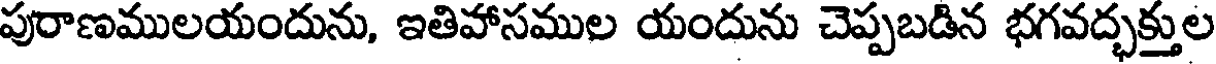
పురాణములయందును, ఇతిహాసముల యందును చెప్పబడిన భగవద్భక్తుల